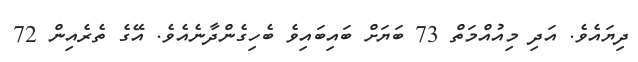
ދިޔައެވެ. އަދި މިއުއްމަތް 73 ބަޔަށް ބައިބައިވެ ބެހިގެންދާނެއެވެ. އޭގެ ތެރެއިން 72